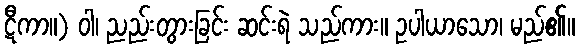
ဋီကာ။) ဝါ၊ ညည်းတွားခြင်း ဆင်းရဲ သည်ကား။ ဥပါယာသော၊ မည်၏။